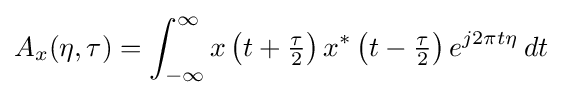
A_{x}(\eta ,\tau )=\int _{-\infty }^{\infty }x\left(t+{\tfrac {\tau }{2}}\right)x^{*}\left(t-{\tfrac {\tau }{2}}\right)e^{j2\pi t\eta }\,dt